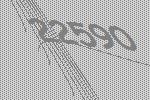
22590